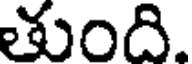
తుంది.